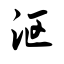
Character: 沤